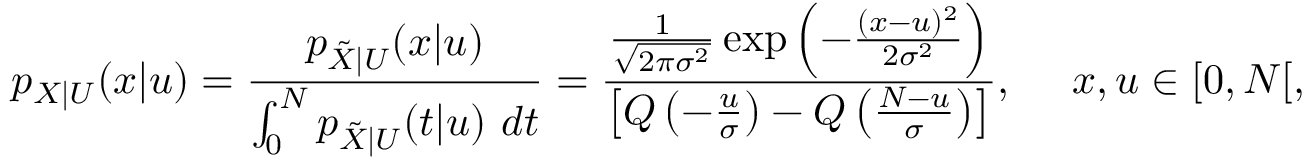
p _ { X | U } ( x | u ) = \frac { p _ { \tilde { X } | U } ( x | u ) } { \int _ { 0 } ^ { N } p _ { \tilde { X } | U } ( t | u ) ~ d t } = \frac { \frac { 1 } { \sqrt { 2 \pi \sigma ^ { 2 } } } \exp \left( - \frac { ( x - u ) ^ { 2 } } { 2 \sigma ^ { 2 } } \right) } { \left[ Q \left( - \frac { u } { \sigma } \right) - Q \left( \frac { N - u } { \sigma } \right) \right] } , ~ ~ ~ ~ x , u \in [ 0 , N [ ,